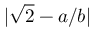
| { \sqrt { 2 } } - a / b |